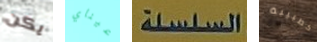
يكن عيناي السلسلة كطبيبة